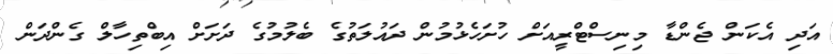
އަދި އެކަން ޖެންޑާ މިނިސްޓްރީއަށް ހުށަހެޅުމުން ދައުލަތުގެ ބެލުމުގެ ދަށަށް އިބްތިހާލް ގެންދަން